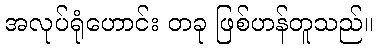
အလုပ်ရုံဟောင်း တခု ဖြစ်ဟန်တူသည်။